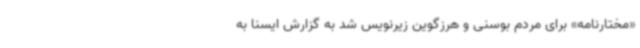
«مختارنامه» برای مردم بوسنی و هرزگوین زیرنویس شد به گزارش ایسنا به